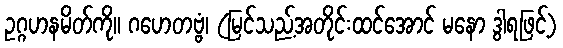
ဥဂ္ဂဟနမိတ်ကို။ ဂဟေတဗ္ဗံ၊ (မြင်သည့်အတိုင်းထင်အောင် မနော ဒွါရဖြင့်)